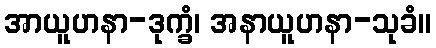
အာယူဟနာ-ဒုက္ခံ၊ အနာယူဟနာ-သုခံ။